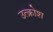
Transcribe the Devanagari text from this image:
उत्क्रोश